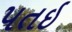
પતઇ